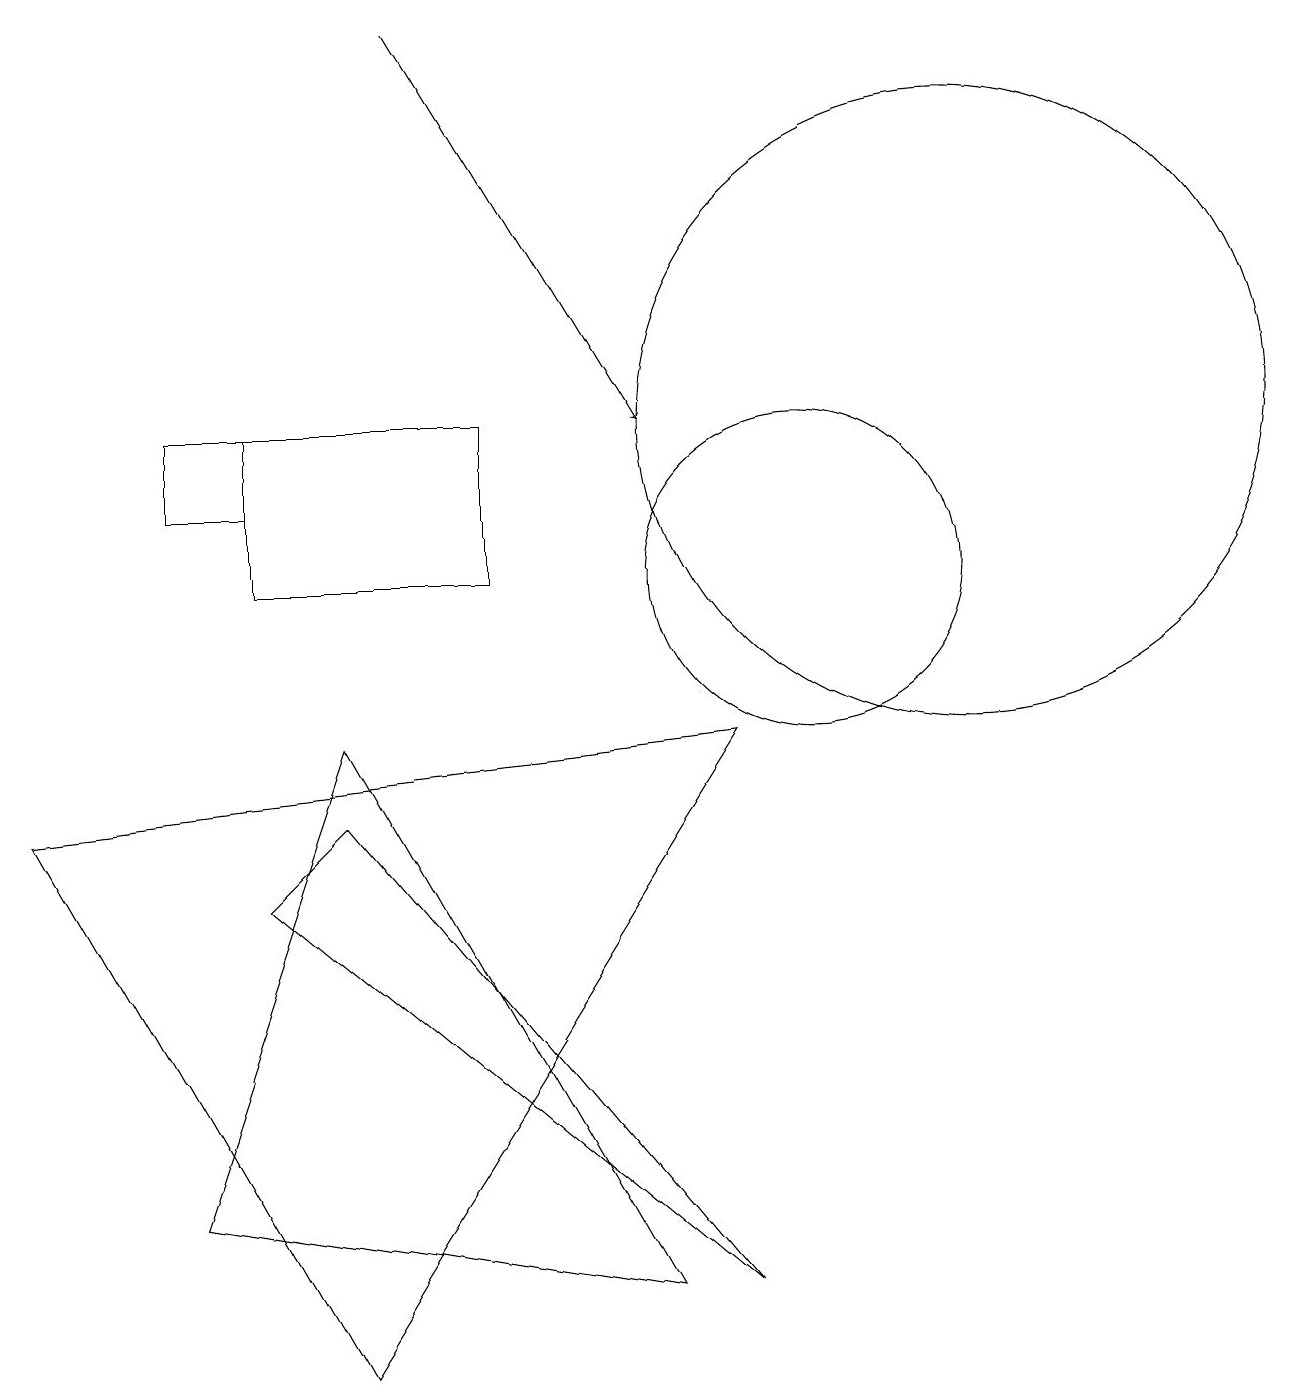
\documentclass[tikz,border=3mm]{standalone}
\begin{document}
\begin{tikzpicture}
\draw (10,10) circle (2);
\draw (9,8) -- (4,0) -- (0,7) -- cycle;
\draw (12,12) circle (4);
\draw[->] (5,17) -- (8,12);
\draw (3,10) rectangle (6,12);
\draw (3,6) -- (9,1) -- (4,7) -- cycle;
\draw (8,1) -- (4,8) -- (2,2) -- cycle;
\draw (2,11) rectangle (3,12);
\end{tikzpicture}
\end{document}